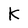
Character: K